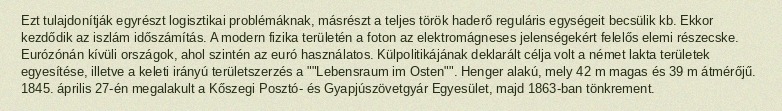
Ezt tulajdonítják egyrészt logisztikai problémáknak, másrészt a teljes török haderő reguláris egységeit becsülik kb. Ekkor kezdődik az iszlám időszámítás. A modern fizika területén a foton az elektromágneses jelenségekért felelős elemi részecske. Eurózónán kívüli országok, ahol szintén az euró használatos. Külpolitikájának deklarált célja volt a német lakta területek egyesítése, illetve a keleti irányú területszerzés a ""Lebensraum im Osten"". Henger alakú, mely 42 m magas és 39 m átmérőjű. 1845. április 27-én megalakult a Kőszegi Posztó- és Gyapjúszövetgyár Egyesület, majd 1863-ban tönkrement.